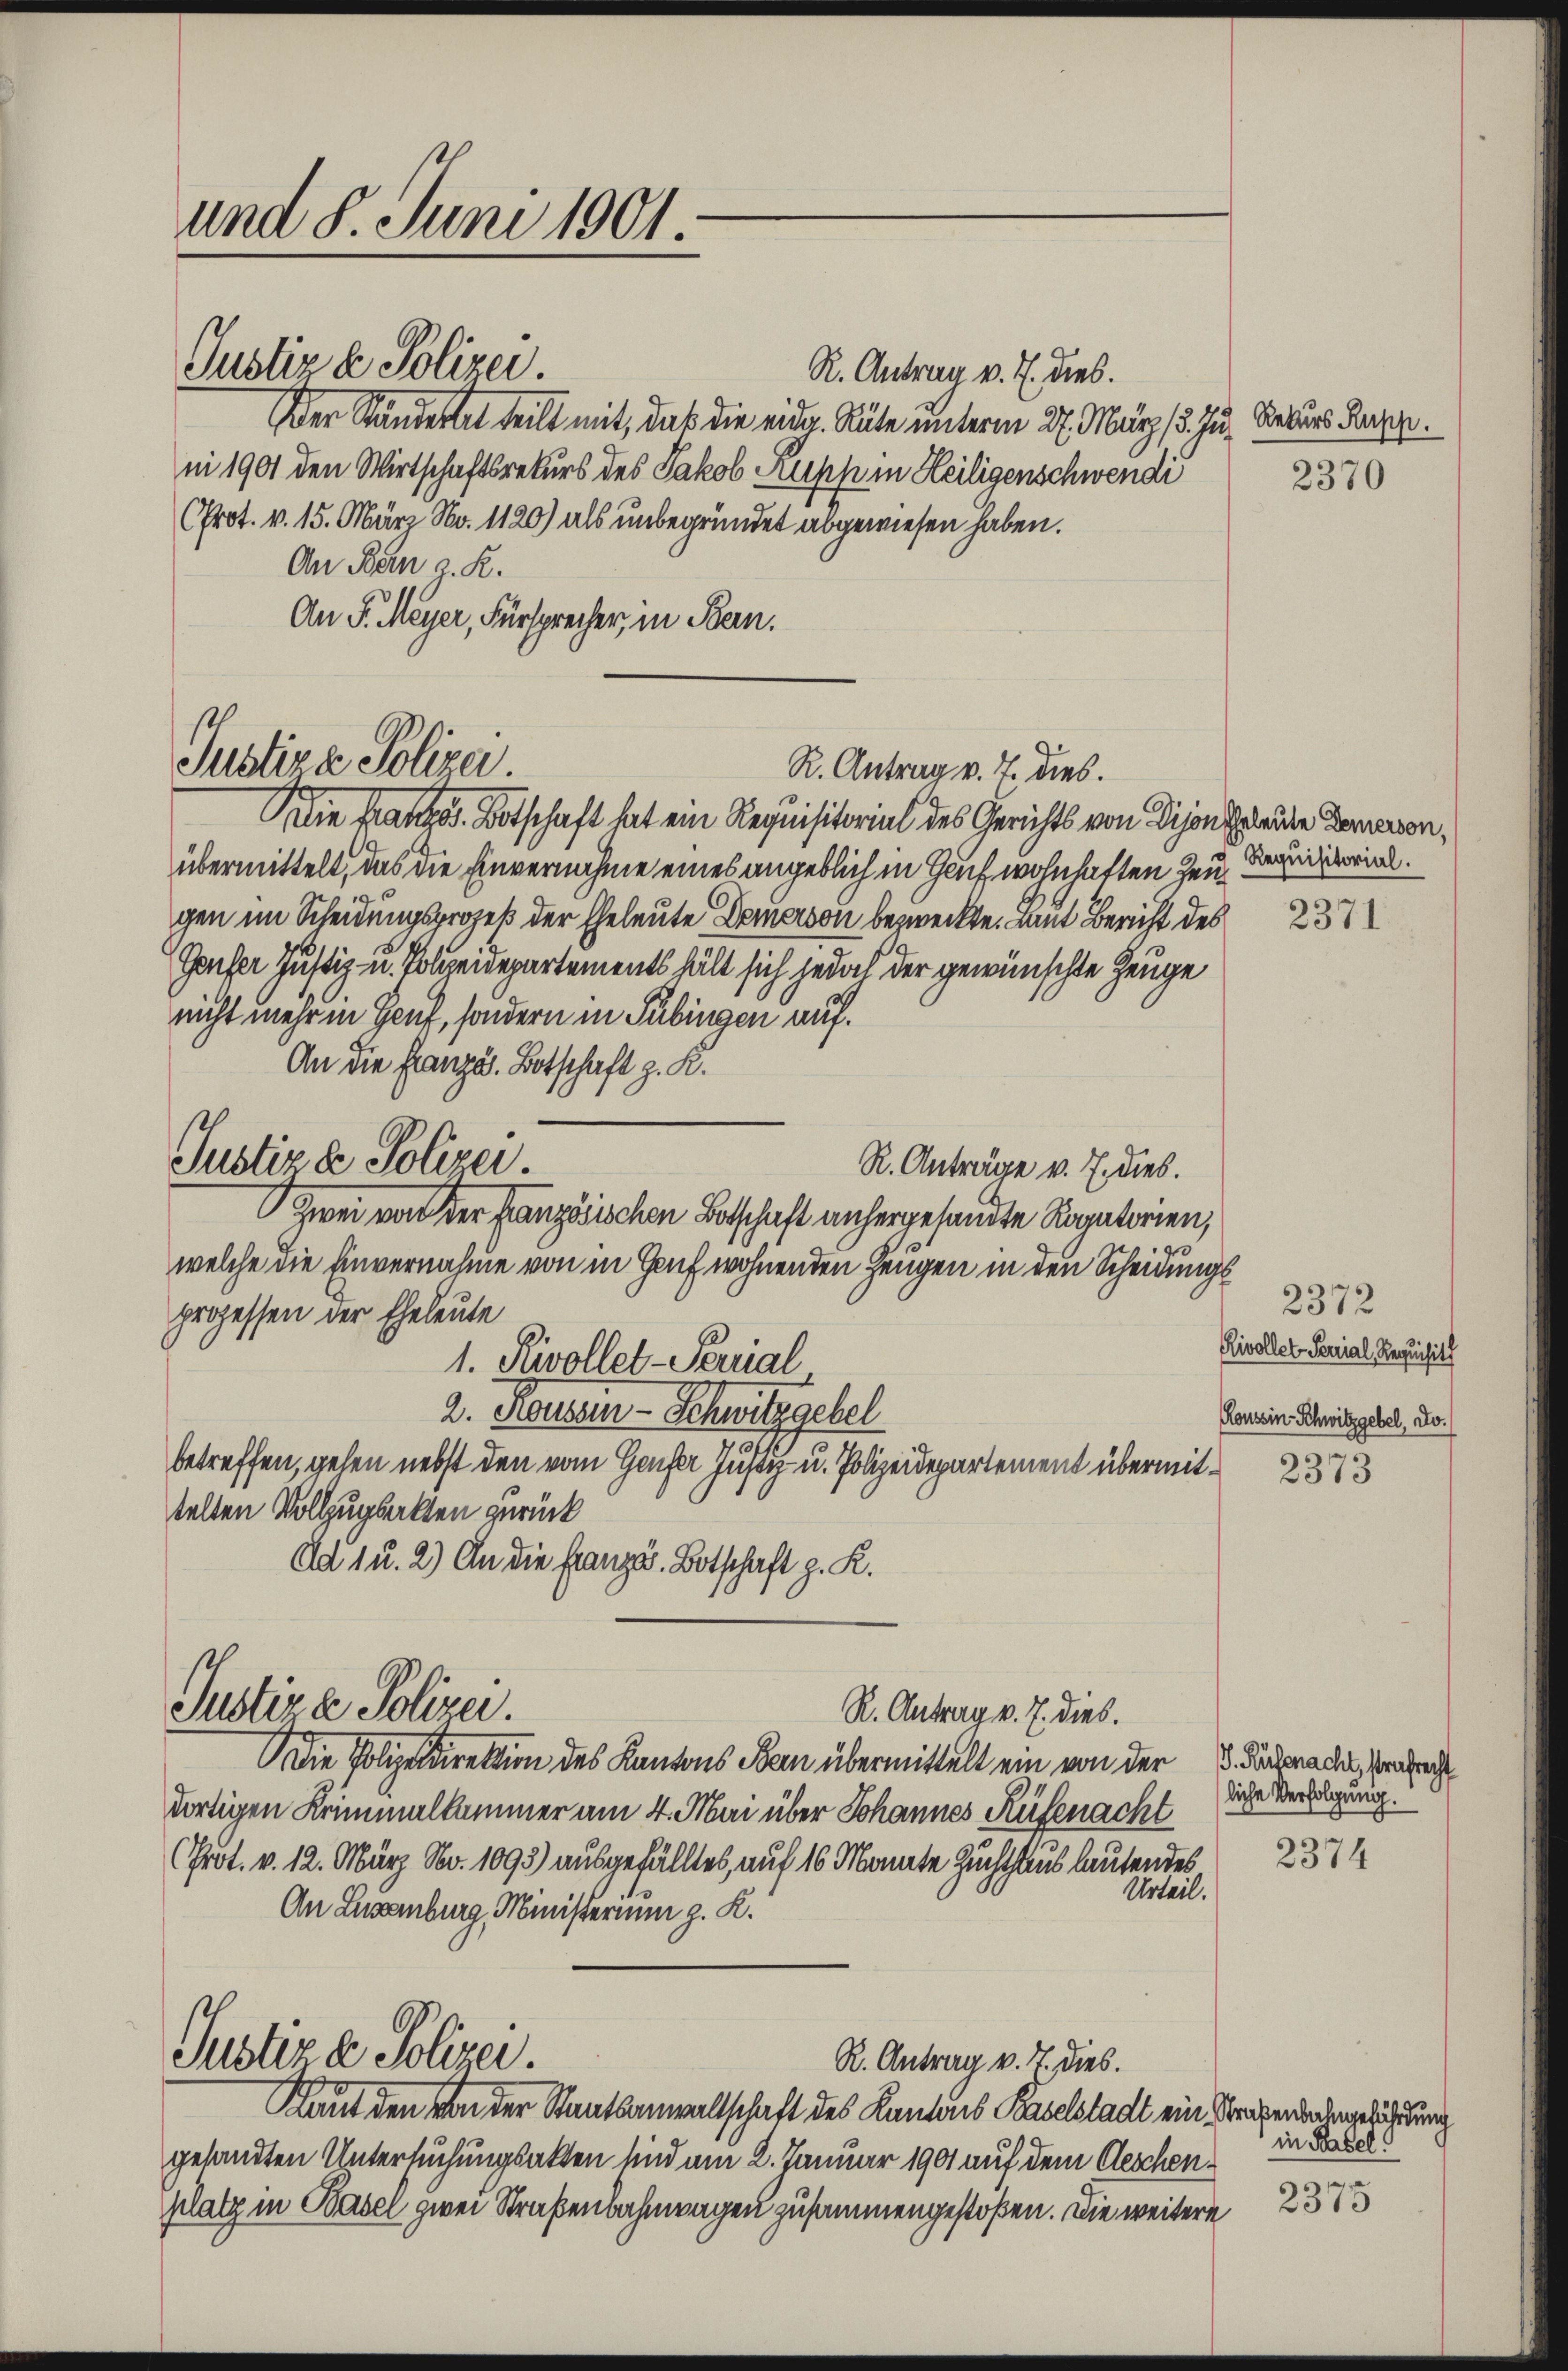
und 8. Juni 1901
Justiz & Polizei.
ni 1901 den Wirtschaftsrekurs des Jakob Kupp in Heiligenschwendi
(Prot. v. 15. März No. 1120) als unbegründet abgewiesen haben.
An Bern z. R.

R. Antrag v. J. dies.
Der Ständertet teilt mit, daß die eidg. Güte unterm 27. März (5. Ju. Rekurs Kuppe.
An S. Meyer, Fürsprecher, in Bern.

Justiza Polizei.

Justiz & Polizei.

Die Französ. Botschaft hat ein Requisitorial des Gerichts von Dijonsleute Demarion,
übermittelt, das die Einvernahme eines angeblich in Gruf wohnhaften Heu Jaquisitorial.
gen im Scheidungsprozeß der Eheleute Domerson bezweckte. Laut Bericht des
Gaufer Justiz- u. Polizeidepartements hält sich jedoch der gewünschte Zeuge
nicht mehr in Hauf, sondern in Tübingen auf.
An die Französ. Botschaft z. K.
R. Anträge v. 7. dies.
welche die Einvernahme von in Genf wohnenden Zeugen in den Scheidungs
prozessen der Eheleute
1. Rivollet-Percial
2. Rouse - Schwitzgebel
betreffen, gehen nebst den vom Genfer Justiz- u. Polizeidepartement übermittelten Vollzugsalten zurück
Ad 1 u. 2) An die Französ. Botschaft z. K.
Justiz & Polizei.
R. Antrag v. 7. dies.
Die Polizeidirektion des Kantons Bern übermittelt ein von der
dortigen Kriminalkammer am 4. Mai über Johannes Rüfenacht
(Prot. v. 12. März No. 1093) ausgefälltes, auf 16 Monate Zuchthaus lautendes
Urteil.
An Luxenburg, Ministerim z. K.
Justiz & Polizei
R. Antrag v. 7. dies.
Kaut den von der Staatsanwaltschaft des Kantons Baselstadt ein Straßenbahngeführung
gesandten Untersuchungsakten sind am 2. Januar 1901 auf dem Geschenplatz in Basel zwei Straßenbahnwagen zusammengestoßen. Die weitere

Zwei von der französischen Botschaft anhergesandte Ragatorien,

R. Antrag v. 7. dies.

2370

2372
Rivollet Serial Requisit
Konsein Schwitzgebel, Jo¬

2373

J. Rüfenacht, strafrecht
liche Verfolgung.

2374

in Rabel!
n

10